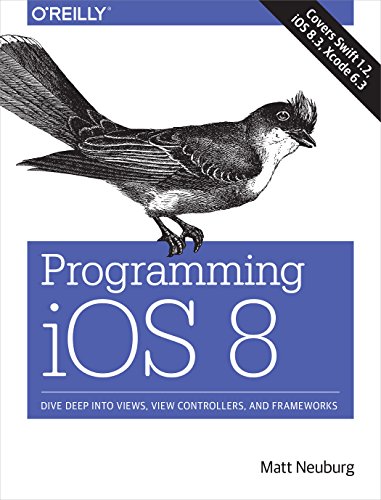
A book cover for Programming iOS 8: Dive Deep into Views, View Controllers, and Frameworks; Matt Neuburg; Computers & Technology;